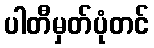
ပါတီမှတ်ပုံတင်